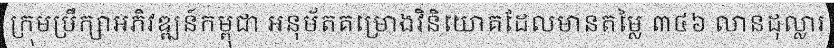
ក្រុមប្រឹក្សាអភិវឌ្ឍន៍កម្ពុជា អនុម័តគម្រោងវិនិយោគដែលមានតម្លៃ ៣៤៦ លានដុល្លារ